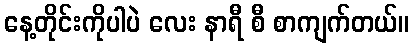
နေ့တိုင်းကိုပါပဲ လေး နာရီ စီ စာကျက်တယ်။